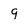
Character: q